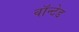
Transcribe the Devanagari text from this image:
वाॅन्टेड